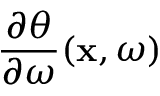
\frac { \partial \theta } { \partial \omega } ( \mathbf { x } , \omega )